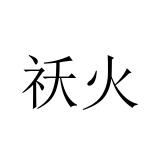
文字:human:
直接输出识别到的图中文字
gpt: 祅火